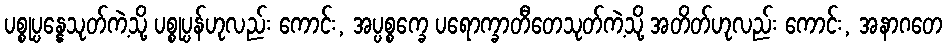
ပစ္စုပ္ပန္နေသုတ်ကဲ့သို့ ပစ္စုပ္ပန်ဟုလည်း ကောင်း, အပ္ပစ္စက္ခေ ပရောက္ခာတီတေသုတ်ကဲ့သို့ အတိတ်ဟုလည်း ကောင်း, အနာဂတေ